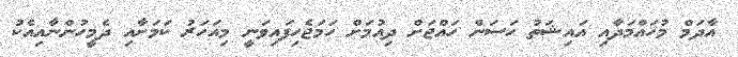
އާދަމް މުހައްމަދާއި އައިޝަތު ހަސަން ހައްޖަށް ދިއުމަށް ހަމަޖެހިފައިވަނީ މިއަހަރު ކަމަށާއި ދެމީހުންނާއިއެކު